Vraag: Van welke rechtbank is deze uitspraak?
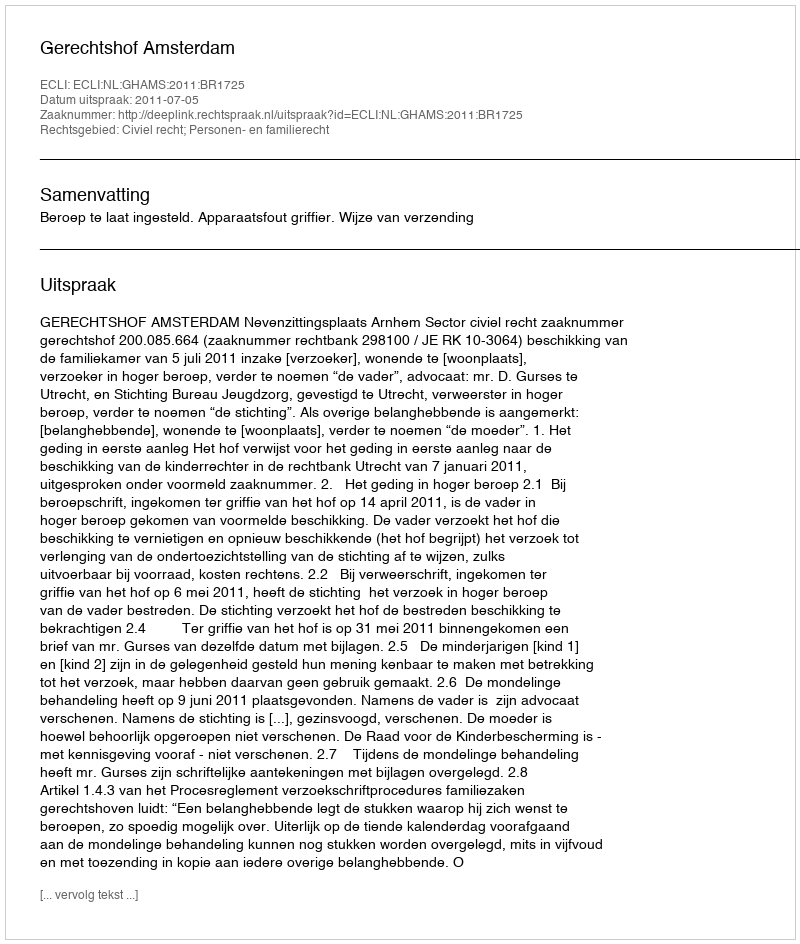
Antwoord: Gerechtshof Amsterdam